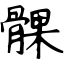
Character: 髁